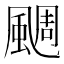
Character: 𩗪